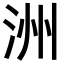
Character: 洲